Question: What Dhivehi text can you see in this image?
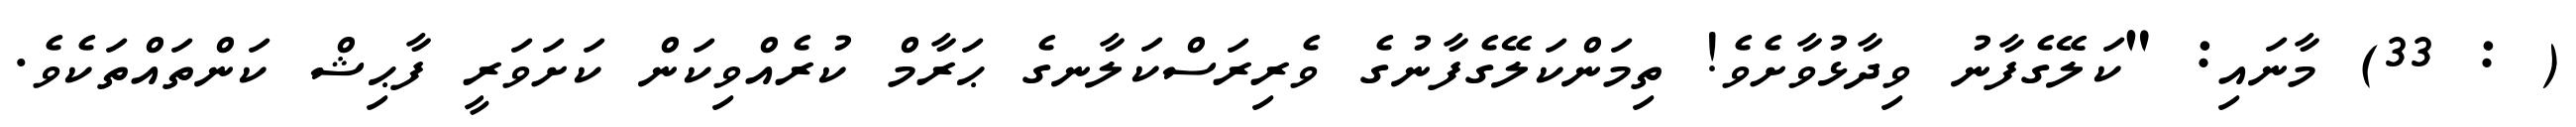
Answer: ( : 33) މާނައި: "ކަލޭގެފާނު ވިދާޅުވާށެވެ! ތިމަންކަލޭގެފާނުގެ ވެރިރަސްކަލާނގެ ޙަރާމް ކުރެއްވިކަން ކަށަވަރީ ފާޙިޝް ކަންތައްތަކެވެ.